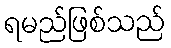
ရမည်ဖြစ်သည်